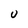
Character: U